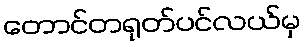
တောင်တရုတ်ပင်လယ်မှ